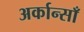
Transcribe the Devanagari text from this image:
अर्कान्साँ